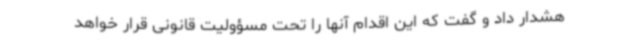
هشدار داد و گفت که این اقدام آنها را تحت مسؤولیت قانونی قرار خواهد